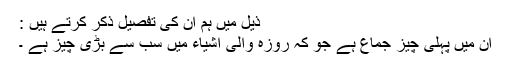
ذیل میں ہم ان کی تفصیل ذکر کرتے ہیں :
ان میں پہلی چيز جماع ہے جو کہ روزہ والی اشیاء میں سب سے بڑی چيز ہے ۔